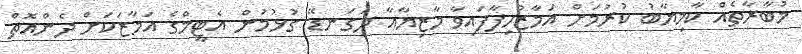
މުބާރާތެއް ކާމިޔާބު ކުރުމަށް އަމާޒުހިފާފައިވާ މާޒިޔާއާ ދަގަނޑޭ ގުޅުމުން އެޓީމްގެ އަމާޒަކަށް ދެންއޮތް